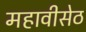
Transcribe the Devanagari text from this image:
महावीसेठ